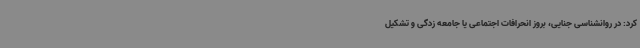
کرد: در روانشناسی جنایی، بروز انحرافات اجتماعی یا جامعه زدگی و تشکیل